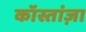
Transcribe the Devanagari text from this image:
कॉस्तांज़ा